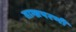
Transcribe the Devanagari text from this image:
ताम्ब्रपरणी